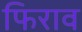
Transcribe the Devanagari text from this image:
फिराव